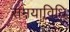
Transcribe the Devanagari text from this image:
समयाविधि